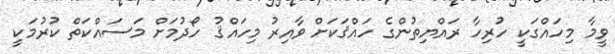
ވީމާ މިހައްގަކީ ހުރިހާ ރައްޔިތުންގެ ހައްޤަކަށް ވާއިރު މިހައްޤު ހޯދުމަށް މަސައްކަތް ކުރުމަކީ